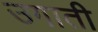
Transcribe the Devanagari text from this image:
उगाती